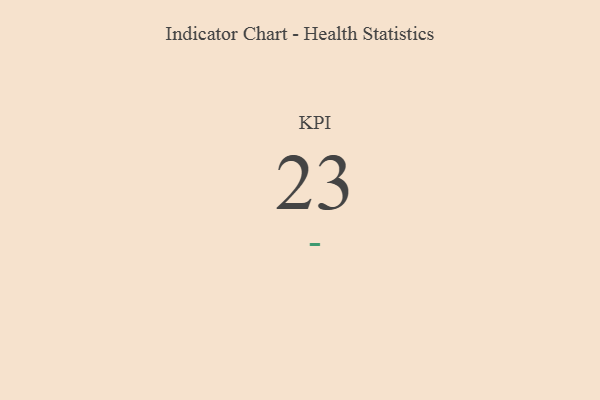
{"axis": {"x": "KPI", "y": "Value"}, "legend": [""], "data": [{"x": "KPI", "y": 23, "type": ""}]}